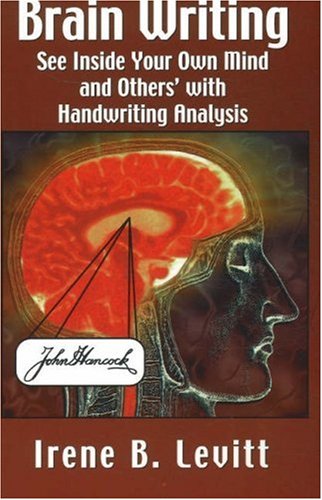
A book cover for Brain Writing: See Inside Your Own Mind and Others' with Handwriting Analysis; Irene B. Levitt; Self-Help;